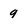
Character: 9